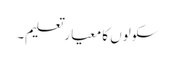
سکولوں کا معیار تعلیم۔